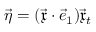
\vec { \eta } = ( \vec { \mathfrak { x } } \cdot \vec { e } _ { 1 } ) \vec { \mathfrak { x } } _ { t }